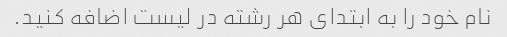
نام خود را به ابتدای هر رشته در لیست اضافه کنید.